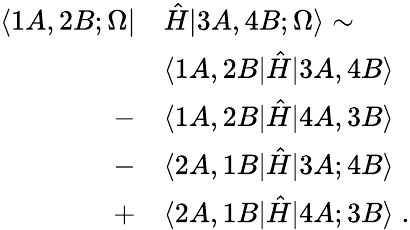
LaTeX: \begin{array}{rl}{\langle 1A,2B;\Omega|}&{\hat{H}|3A,4B;\Omega\rangle\sim}\\ &{\langle 1A,2B|\hat{H}|3A,4B\rangle}\\ {-}&{\langle 1A,2B|\hat{H}|4A,3B\rangle}\\ {-}&{\langle 2A,1B|\hat{H}|3A;4B\rangle}\\ {+}&{\langle 2A,1B|\hat{H}|4A;3B\rangle\; .}\end{array}